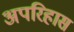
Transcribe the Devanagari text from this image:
अपरिहास